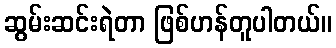
ဆွမ်းဆင်းရဲတာ ဖြစ်ဟန်တူပါတယ်။